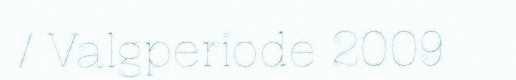
/ Valgperiode 2009